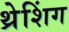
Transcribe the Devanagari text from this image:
थ्रेशिंग